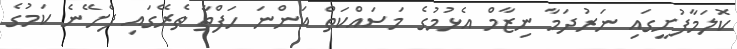
ކޮލަމާފުށީގައި ނަރުދަމާ ނިޒާމް އެޅުމުގެ މަސައްކަތް އަންނަ ހަފްތާ ތެރޭގައި ފެށޭނެ ކަމުގެ